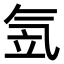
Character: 𣱠